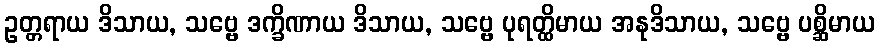
ဥတ္တရာယ ဒိသာယ, သဗ္ဗေ ဒက္ခိဏာယ ဒိသာယ, သဗ္ဗေ ပုရတ္ထိမာယ အနုဒိသာယ, သဗ္ဗေ ပစ္ဆိမာယ